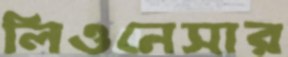
লিওনেসার